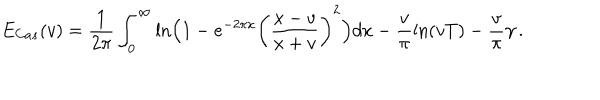
LaTeX: E _ { C a s } ( v ) = \frac { 1 } { 2 \pi } \int _ { 0 } ^ { \infty } \mathrm { l n } \Bigl ( 1 - e ^ { - 2 \pi x } \left( \frac { x - v } { x + v } \right) ^ { 2 } \Bigr ) d x - \frac { v } { \pi } \mathrm { l n } ( v T ) - \frac { v } { \pi } \gamma \, .